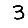
Digit: 3